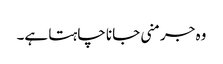
وہ جرمنی جانا چاہتا ہے۔